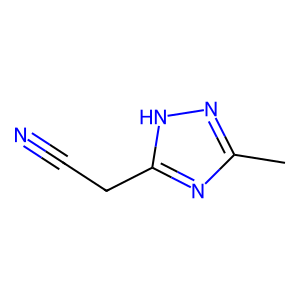
SMILES: Cc1n[nH]c(CC#N)n1
Inhibits HIV replication: No